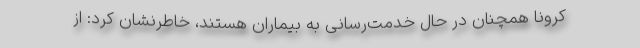
کرونا همچنان در حال خدمت‌رسانی به بیماران هستند، خاطرنشان کرد: از